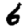
Digit: 6